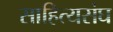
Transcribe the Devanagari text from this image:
साहित्यसंघ